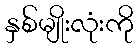
နှစ်မျိုးလုံးကို